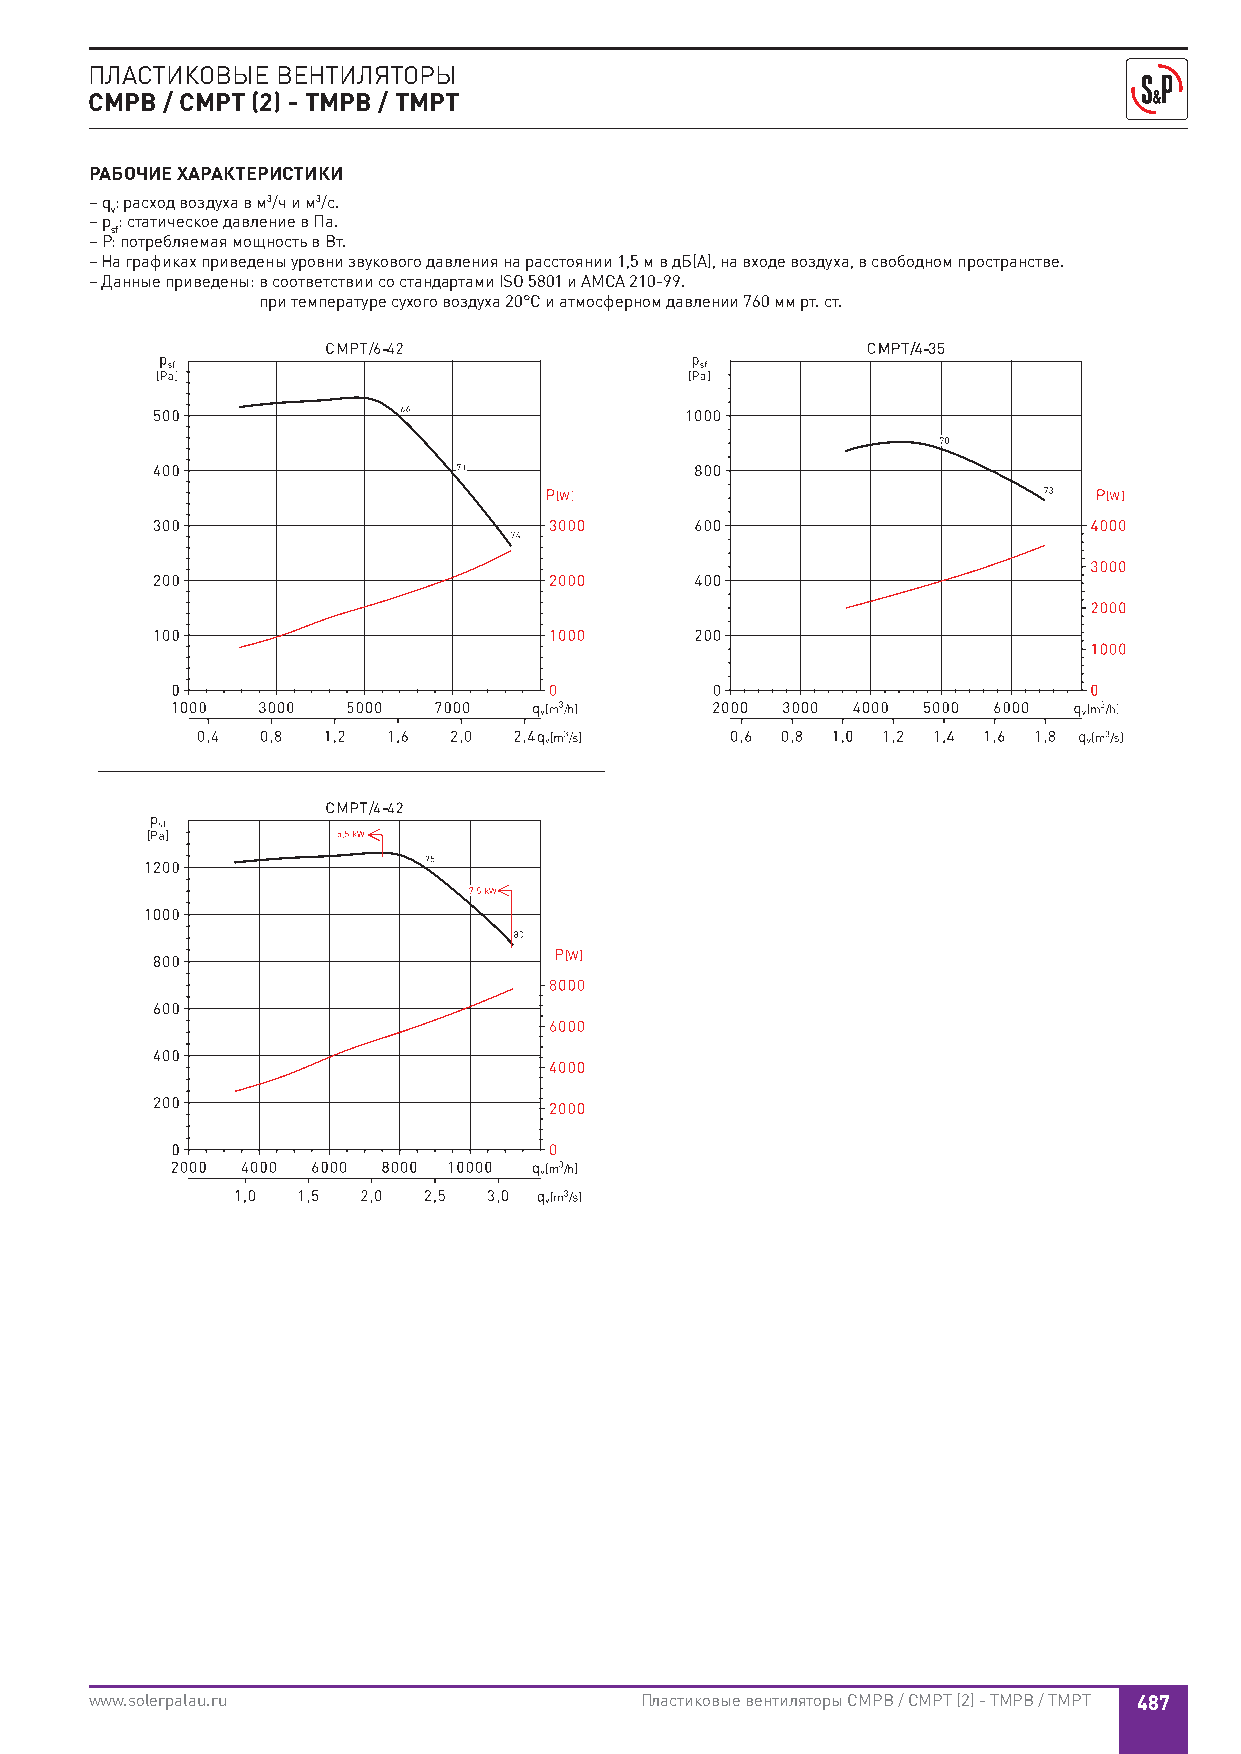
ПЛАСТИКОВЫЕ ВЕНТИЛЯТОРЫ
 CMPB / CMPT (2) - TMPB / TMPT
 РАБОЧИЕ ХАРАКТЕРИСТИКИ
 – q: расход воздуха в м3/ч и м3/с.
 v
 – p : статическое давление в Па.
 sf
 – P: потребляемая мощность в Вт.
 – На графиках приведены уровни звукового давления на расстоянии 1,5 м в дБ(А), на входе воздуха, в свободном пространстве.
 – Данные приведены: в соответствии со стандартами ISO 5801 и AMCA 210-99.
 при температуре сухого воздуха 20°С и атмосферном давлении 760 мм рт. ст.
 www.solerpalau.ru                   Пластиковые вентиляторы CMPB / CMPT (2) - TMPB / TMPT 487